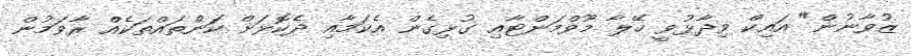
ޒުވާނުން" އައިކް ވިދާޅުވީ ހޭލާ މޫވްމަންޓާއި ގުޅިގެން އެކަމާއި ދެކޮޅަށް ކަންތައްތަކެއް ރާވަމުން